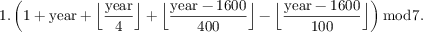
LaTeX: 1 . \left( 1 + { \mathrm { y e a r } } + { \Big \lfloor } { \frac { \mathrm { y e a r } } { 4 } } { \Big \rfloor } + { \Big \lfloor } { \frac { { \mathrm { y e a r } } - 1 6 0 0 } { 4 0 0 } } { \Big \rfloor } - { \Big \lfloor } { \frac { { \mathrm { y e a r } } - 1 6 0 0 } { 1 0 0 } } { \Big \rfloor } \right) { \bmod { 7 } } .